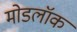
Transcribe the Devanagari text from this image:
मोडलॉक